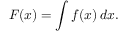
F ( x ) = \int f ( x ) \, d x .